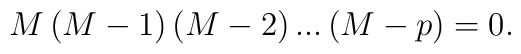
M\left(M-1\right)\left(M-2\right)...\left(M-p\right)=0.